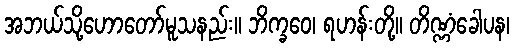
အဘယ်သို့ဟောတော်မူသနည်း။ ဘိက္ခဝေ၊ ရဟန်းတို့။ တိဏ္ဏံခေါပန၊